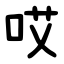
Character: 哎